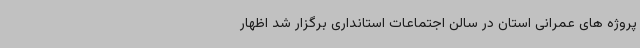
پروژه های عمرانی استان در سالن اجتماعات استانداری برگزار شد اظهار